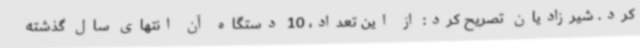
کرد. شیرزادیان تصریح کرد: از این تعداد، 10 دستگاه آن انتهای سال گذشته